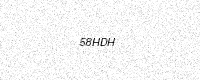
Text: 58HDH